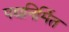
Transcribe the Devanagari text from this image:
पद्यनिर्मित